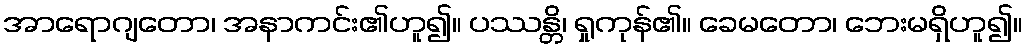
အာရောဂျတော၊ အနာကင်း၏ဟူ၍။ ပဿန္တိ၊ ရှုကုန်၏။ ခေမတော၊ ဘေးမရှိဟူ၍။